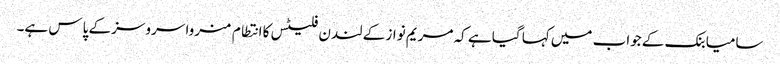
سامیا بنک کے جواب میں کہا گیا ہے کہ مریم نواز کے لندن فلیٹس کا انتطام منروا سروسز کے پاس ہے۔